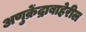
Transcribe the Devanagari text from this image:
अणुक्रेंद्राबाहेरील